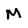
Character: M